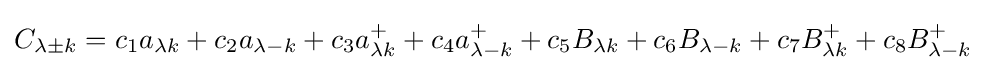
C_{\lambda \pm k}=c_{1}a_{\lambda k}+c_{2}a_{\lambda -k}+c_{3}a_{\lambda k}^{+}+c_{4}a_{\lambda -k}^{+}+c_{5}B_{\lambda k}+c_{6}B_{\lambda -k}+c_{7}B_{\lambda k}^{+}+c_{8}B_{\lambda -k}^{+}